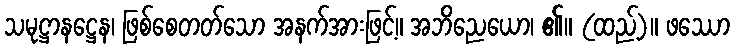
သမုဋ္ဌာနဋ္ဌေန၊ ဖြစ်စေတတ်သော အနက်အားဖြင့်။ အဘိညေယော၊ ၏။ (ထည့်)။ ဖဿော